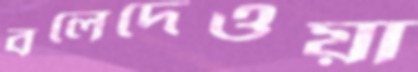
বলেদেওয়া